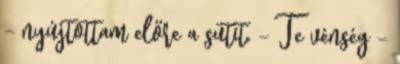
- nyújtottam előre a sütit. - Te vénség -